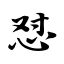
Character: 怼